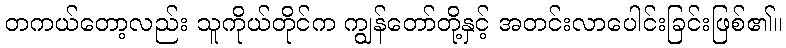
တကယ်တော့လည်း သူကိုယ်တိုင်က ကျွန်တော်တို့နှင့် အတင်းလာပေါင်းခြင်းဖြစ်၏။